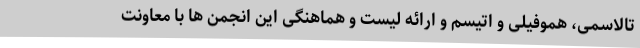
تالاسمی، هموفیلی و اتیسم و ارائه لیست و هماهنگی این انجمن ها با معاونت